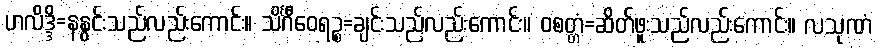
ဟလိဒ္ဒိ=နနွင်းသည်လည်းကောင်း။ သိင်္ဂီဝေရဉ္စ=ချင်းသည်လည်းကောင်း။ ဝစတ္တံ=ဆိတ်ဖူးသည်လည်းကောင်း။ လသုဏံ